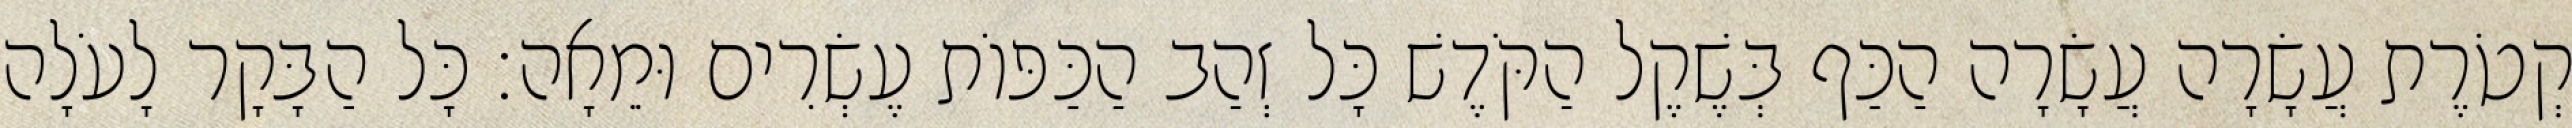
קְטֹרֶת עֲשָׂרָה עֲשָׂרָה הַכַּף בְּשֶׁקֶל הַקֹּדֶשׁ כָּל זְהַב הַכַּפּוֹת עֶשְׂרִים וּמֵאָה׃ כָּל הַבָּקָר לָעֹלָה